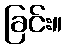
ခြင်း။